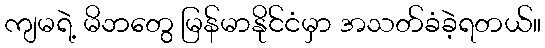
ကျမရဲ့ မိဘတွေ မြန်မာနိုင်ငံမှာ အသတ်ခံခဲ့ရတယ်။